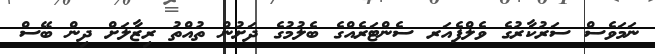
ނަމަވެސް ސަރުކާރުގެ ވެލްފެއަރ ސެންޓަރެއްގެ ބެލުމުގެ ދަށުން ތުއްތު ރިޒާލަށް ދިން ބޭސް